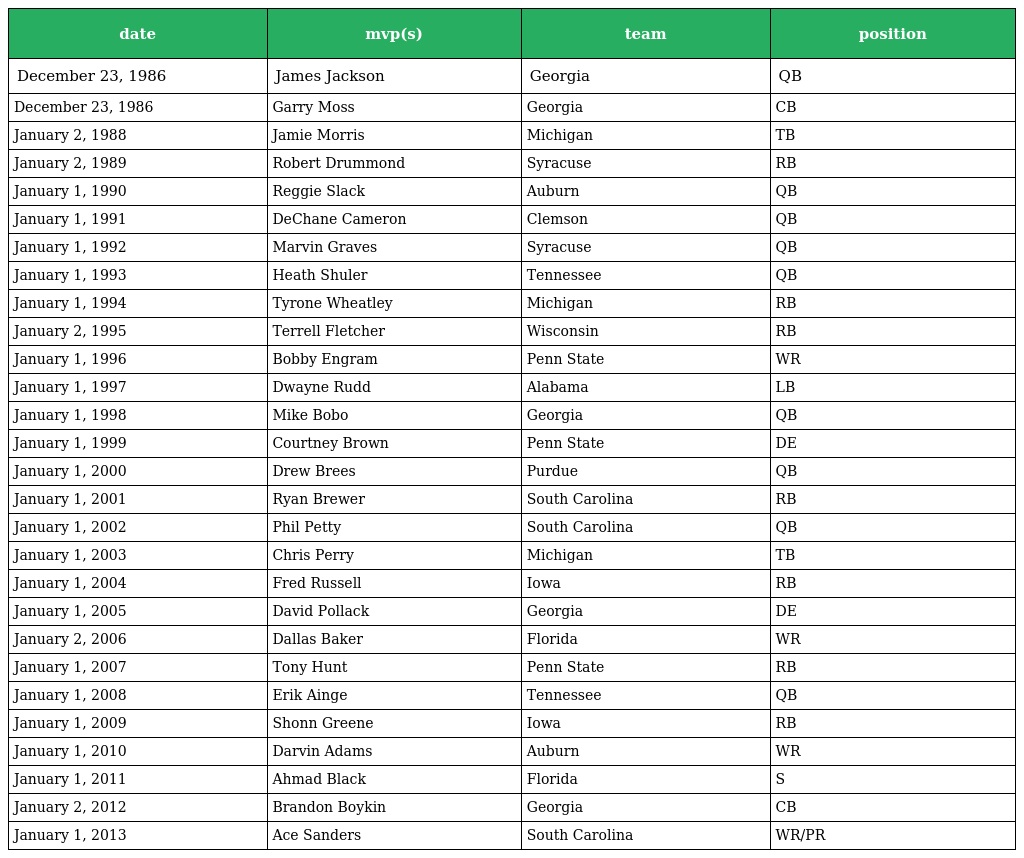
| date | mvp(s) | team | position |
 | --- | --- | --- | --- |
 | December 23, 1986 | James Jackson | Georgia | QB |
 | December 23, 1986 | Garry Moss | Georgia | CB |
 | January 2, 1988 | Jamie Morris | Michigan | TB |
 | January 2, 1989 | Robert Drummond | Syracuse | RB |
 | January 1, 1990 | Reggie Slack | Auburn | QB |
 | January 1, 1991 | DeChane Cameron | Clemson | QB |
 | January 1, 1992 | Marvin Graves | Syracuse | QB |
 | January 1, 1993 | Heath Shuler | Tennessee | QB |
 | January 1, 1994 | Tyrone Wheatley | Michigan | RB |
 | January 2, 1995 | Terrell Fletcher | Wisconsin | RB |
 | January 1, 1996 | Bobby Engram | Penn State | WR |
 | January 1, 1997 | Dwayne Rudd | Alabama | LB |
 | January 1, 1998 | Mike Bobo | Georgia | QB |
 | January 1, 1999 | Courtney Brown | Penn State | DE |
 | January 1, 2000 | Drew Brees | Purdue | QB |
 | January 1, 2001 | Ryan Brewer | South Carolina | RB |
 | January 1, 2002 | Phil Petty | South Carolina | QB |
 | January 1, 2003 | Chris Perry | Michigan | TB |
 | January 1, 2004 | Fred Russell | Iowa | RB |
 | January 1, 2005 | David Pollack | Georgia | DE |
 | January 2, 2006 | Dallas Baker | Florida | WR |
 | January 1, 2007 | Tony Hunt | Penn State | RB |
 | January 1, 2008 | Erik Ainge | Tennessee | QB |
 | January 1, 2009 | Shonn Greene | Iowa | RB |
 | January 1, 2010 | Darvin Adams | Auburn | WR |
 | January 1, 2011 | Ahmad Black | Florida | S |
 | January 2, 2012 | Brandon Boykin | Georgia | CB |
 | January 1, 2013 | Ace Sanders | South Carolina | WR/PR |